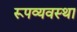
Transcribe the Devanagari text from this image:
रूपव्यवस्था